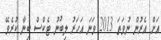
އަށް އެރުން ނުވަތަ 2013 ވަނަ އަހަރު ލިބުނު ޓެކްސް ބިނާ ކުރެވޭ